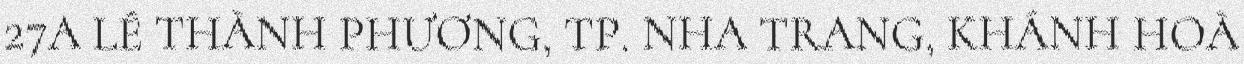
27A LÊ THÀNH PHƯƠNG, TP. NHA TRANG, KHÁNH HOÀ